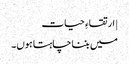
| ارتقاءِ حیات
میں بننا چاہتا ہوں۔